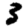
Digit: 3